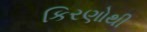
કિરણોથી